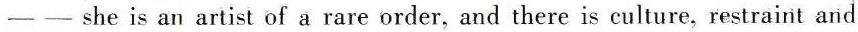
 − − she is an artist of a rare order, and there is culture, restraint and